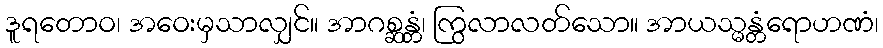
ဒူရတောဝ၊ အဝေးမှသာလျှင်။ အာဂစ္ဆန္တံ၊ ကြွလာလတ်သော။ အာယသ္မန္တံရောဟဏံ၊